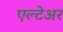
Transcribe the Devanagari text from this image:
एल्टेअर